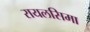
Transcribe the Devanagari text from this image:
रायलसिमा